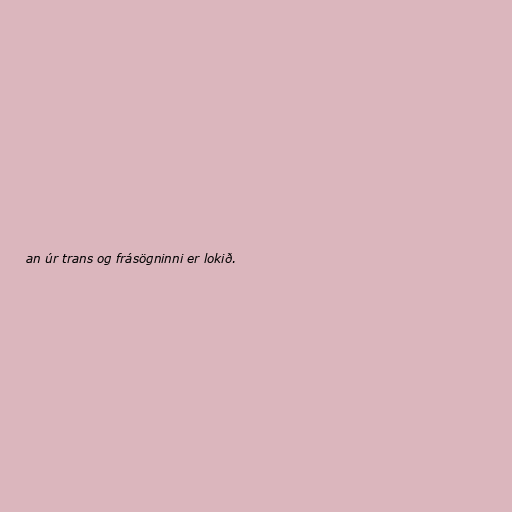
an úr trans og frásögninni er lokið.